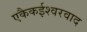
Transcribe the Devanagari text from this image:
एकैकईश्‍वरवाद